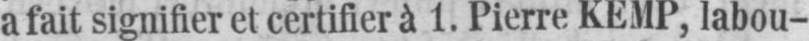
a fait signifier et certifier à 1. Pierre KEMP, labou-